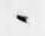
々